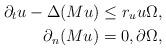
LaTeX: \begin{align*}\partial_t u-\Delta (M u)\leq r_u u \Omega,\\\partial_n (M u)=0,\partial\Omega,\end{align*}